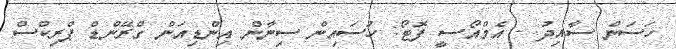
ހަސަން ސާއިދު - އެމްއޯސީ ފޮޓޯ: ހުސައިން ސިނާން އިންޑިއަން ގްރޭންޑް ޕްރިކްސް